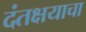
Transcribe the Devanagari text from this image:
दंतक्षयाचा